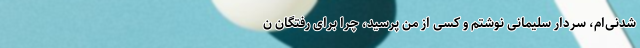
شدنی‌ام، سردار سلیمانی نوشتم و کسی از من پرسید، چرا برای رفتگان ن